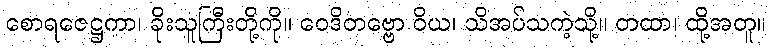
စောရဇေဋ္ဌကာ၊ ခိုးသူကြီးတို့ကို။ ဝေဒိတဗ္ဗော ဝိယ၊ သိအပ်သကဲ့သို့။ တထာ၊ ထို့အတူ။